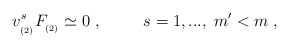
\begin{align*}v_{_{(2)}}^{s}F_{_{(2)}}\simeq 0\;,\;\;\;\;\;\;\;\;\;s=1,...,\;m^{\prime}<m\;, \end{align*}